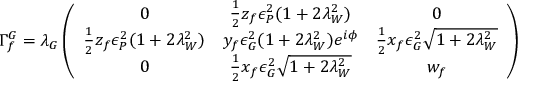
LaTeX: \Gamma _ { f } ^ { G } = \lambda _ { G } \left( \begin{array} { c c c } { { 0 } } & { { \frac { 1 } { 2 } z _ { f } \epsilon _ { P } ^ { 2 } ( 1 + 2 \lambda _ { W } ^ { 2 } ) } } & { { 0 } } \\ { { \frac { 1 } { 2 } z _ { f } \epsilon _ { P } ^ { 2 } ( 1 + 2 \lambda _ { W } ^ { 2 } ) } } & { { y _ { f } \epsilon _ { G } ^ { 2 } ( 1 + 2 \lambda _ { W } ^ { 2 } ) e ^ { i \phi } } } & { { \frac { 1 } { 2 } x _ { f } \epsilon _ { G } ^ { 2 } \sqrt { 1 + 2 \lambda _ { W } ^ { 2 } } } } \\ { { 0 } } & { { \frac { 1 } { 2 } x _ { f } \epsilon _ { G } ^ { 2 } \sqrt { 1 + 2 \lambda _ { W } ^ { 2 } } } } & { { w _ { f } } } \end{array} \right)